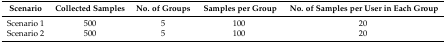
<table><thead><tr><td><b>Scenario</b></td><td><b>Collected Samples</b></td><td><b>No. of Groups</b></td><td><b>Samples per Group</b></td><td><b>No. of Samples per User in Each Group</b></td></tr></thead><tbody><tr><td>Scenario 1</td><td>500</td><td>5</td><td>100</td><td>20</td></tr><tr><td>Scenario 2</td><td>500</td><td>5</td><td>100</td><td>20</td></tr></tbody></table>